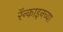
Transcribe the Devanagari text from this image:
रॅन्काइनच्या